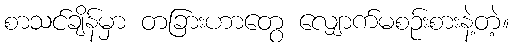
စာသင်ချိန်မှာ တခြားဟာတွေ လျှောက်မစဉ်းစားနဲ့တဲ့။